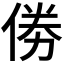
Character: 𠉮